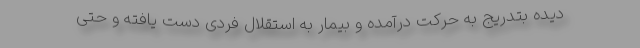
دیده بتدریج به حرکت درآمده و بیمار به استقلال فردی دست یافته و حتی